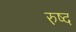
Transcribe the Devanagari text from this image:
रुष्द